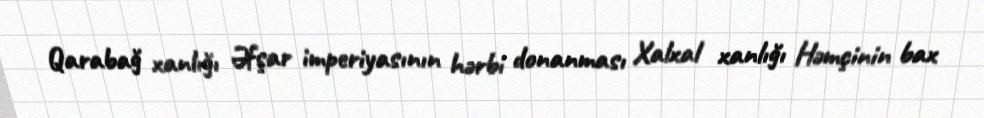
Qarabağ xanlığı Əfşar imperiyasının hərbi donanması Xalxal xanlığı Həmçinin bax